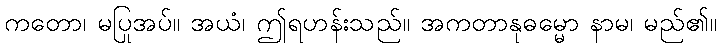
ကတော၊ မပြုအပ်။ အယံ၊ ဤရဟန်းသည်။ အကတာနုဓမ္မော နာမ၊ မည်၏။